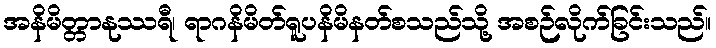
အနိမိတ္တာနုဿရီ၊ ရာဂနိမိတ်ရူပနိမိနတ်စသည်သို့ အစဉ်လိုက်ခြင်းသည်။